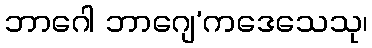
ဘာဂေါ ဘာဂျေ’ကဒေသေသု၊